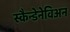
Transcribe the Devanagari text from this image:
स्कैन्डेनेविअन